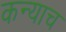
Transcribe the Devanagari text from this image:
कन्याच